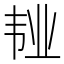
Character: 𲊥